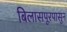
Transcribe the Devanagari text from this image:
बिलासपूरपासुन